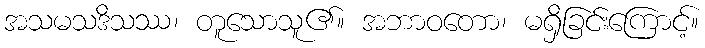
အသမသဒိသဿ၊ တူသောသူ၏။ အဘာဝတော၊ မရှိခြင်းကြောင့်။